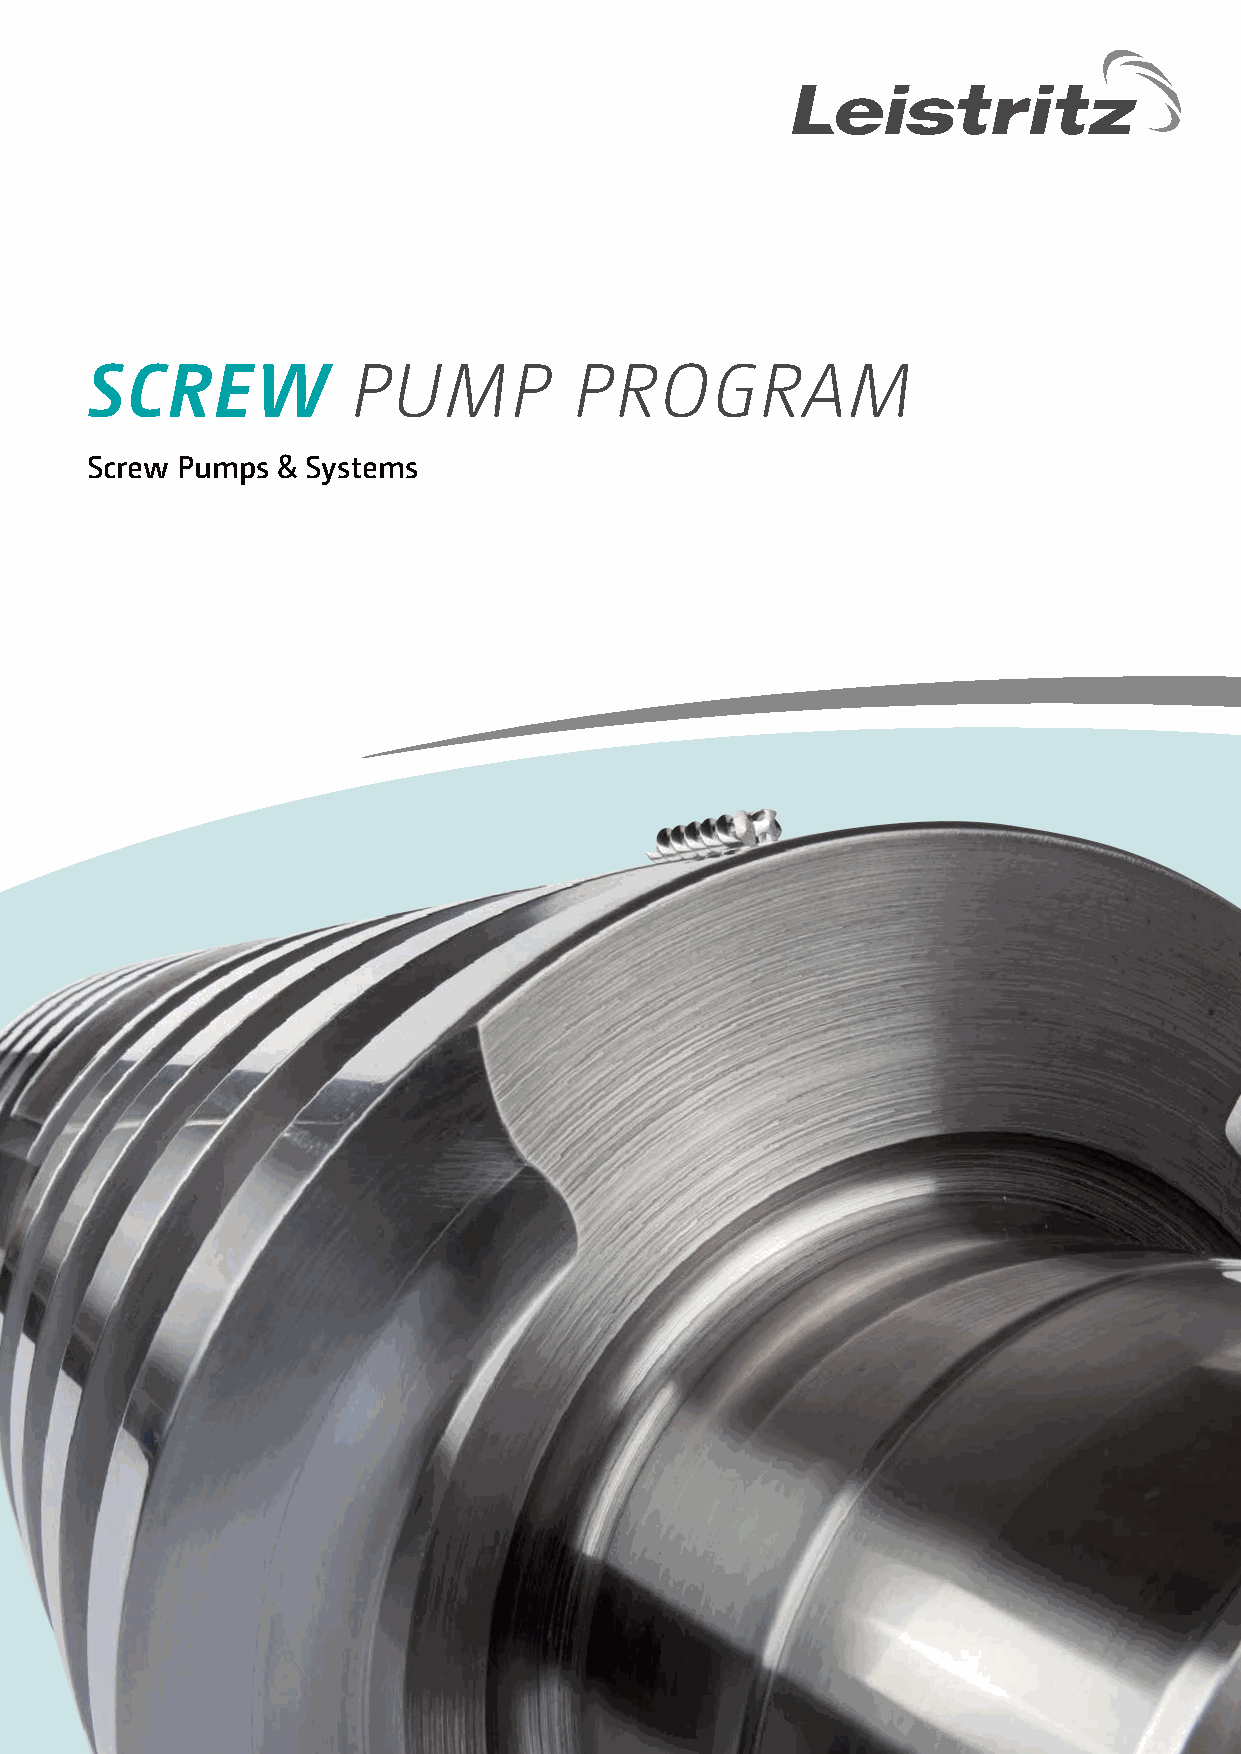
SCREW            PUMP           PROGRAM
 Screw Pumps & Systems
 1